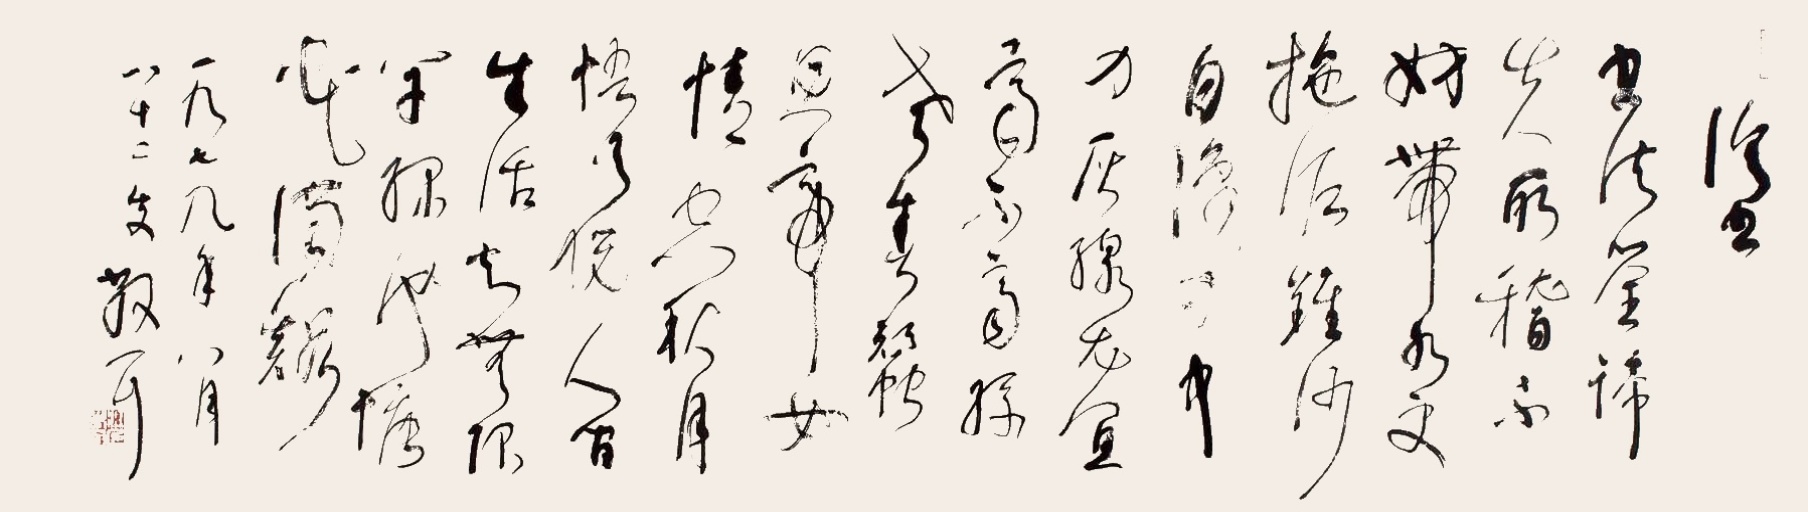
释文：《临书》书法筌谛失所稽，不妨带水更拖泥。锥沙自识力中力，灰线尤宜齐不齐。丝老春蚕思帝女，情空秋月悟天倪。人间生活知无限，草绿池塘花满溪。一九七九年六月，八十二叟散耳。